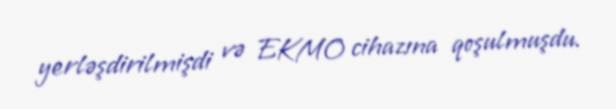
yerləşdirilmişdi və EKMO cihazına qoşulmuşdu.